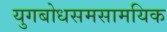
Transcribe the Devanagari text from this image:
युगबोधसमसामयिक